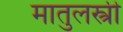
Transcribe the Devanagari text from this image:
मातुलस्त्री